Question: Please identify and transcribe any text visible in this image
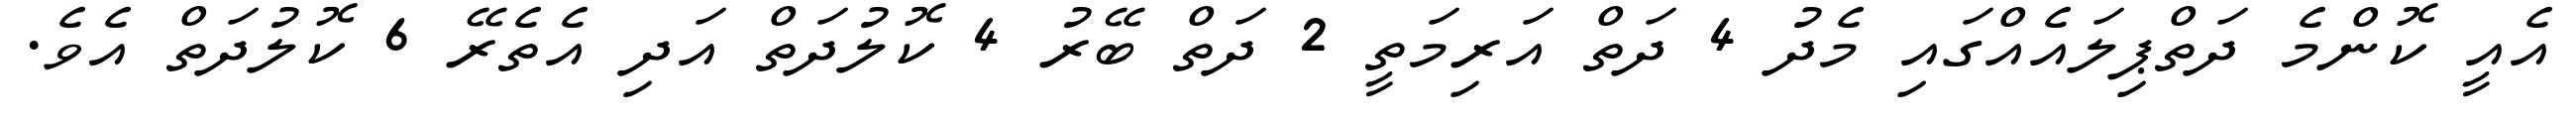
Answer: އެއީ ކޮންމެ ދަތްޕިލައެއްގައި މެދު 4 ދަތް އަރިމަތީ 2 ދަތް ބޭރު 4 ކޮލުދަތް އަދި އެތެރޭ 6 ކޮލުދަތް އެވެ.